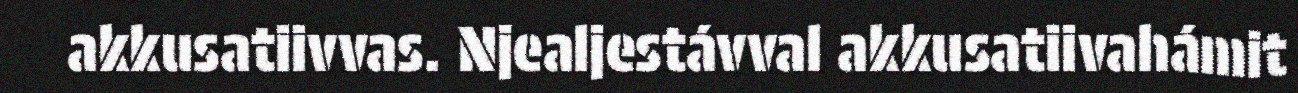
akkusatiivvas. Njealjestávval akkusatiivahámit